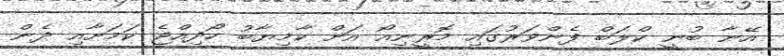
އޭނާ ބުނީ ކްލަބް ފެންވަރުގައި މޮރީނިއޯ އަށް ކާމިޔާބު ހޯދިއްޖެ ކަމަށާއި ދެން